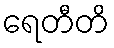
ရေတီတိ